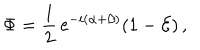
\Phi = \frac { 1 } { 2 } \, \mathrm { e } ^ { - i ( \alpha + \beta ) } ( 1 - { \cal E } ) \, ,